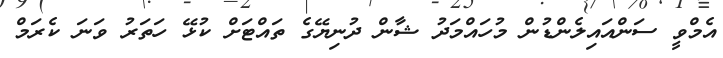
އެމްވީ ސަންއައިލެންޑުން މުހައްމަދު ޝާން ދުނިޔޭގެ ތައްޓަށް ކުޅޭ ހަތަރު ވަނަ ކެރަމް